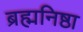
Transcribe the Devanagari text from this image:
ब्रह्मनिष्ठा